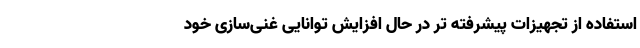
استفاده از تجهیزات پیشرفته تر در حال افزایش توانایی‌ غنی‌سازی خود